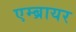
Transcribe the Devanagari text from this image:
एम्ब्रायर